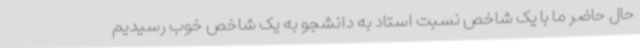
حال حاضر ما با یک شاخص نسبت استاد به دانشجو به یک شاخص خوب رسیدیم